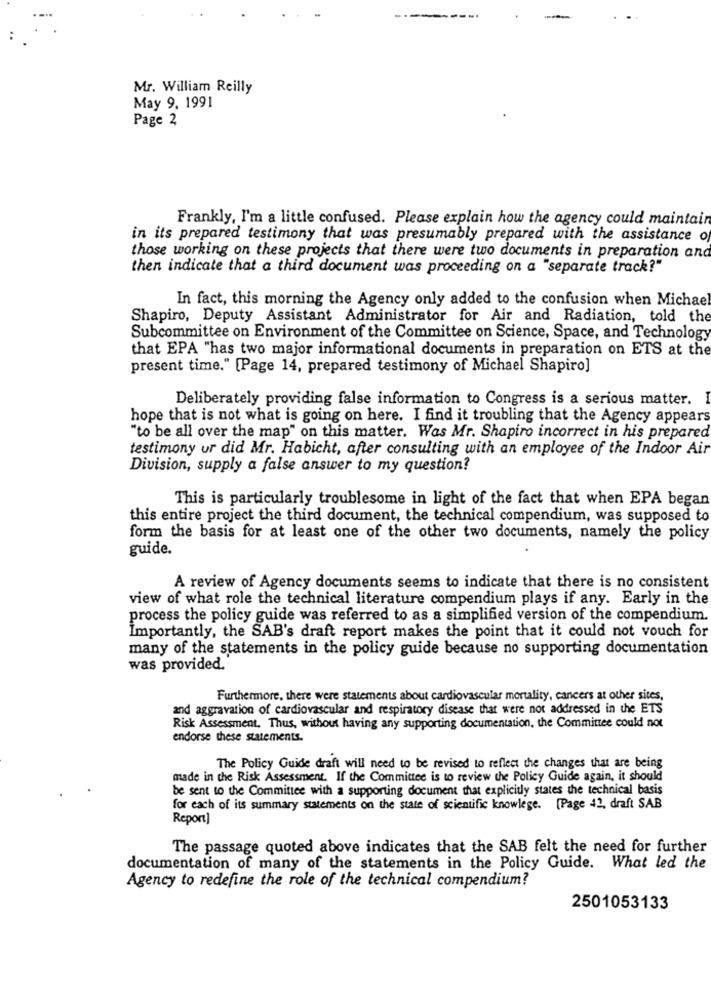
Mr. William Reilly
May 9. 1991
Page 2
Frankly, I'm a little confused. Please explain how the agency could maintain
in its prepared testimony that was presumably prepared with the assistance of
those working on these projects that there were two documents in preparation and
then indicate that a third document was proceeding on a "separate track?"
In fact, this morning the Agency only added to the confusion when Michael
Shapiro, Deputy Assistant Administrator for Air and Radiation, told the
Subcommittee on Environment of the Committee on Science, Space, and Technology
that EPA "has two major informational documents in preparation on ETS at the
present time." [Page 14, prepared testimony of Michael Shapiro]
Deliberately providing false information to Congress is a serious matter.
hope that is not what is going on here. I find it troubling that the Agency appears
"to be all over the map" on this matter. Was Mr. Shapiro incorrect in his prepared
testimony ur did Mr. Habicht, after consulting with an employee of the Indoor Air
Division, supply a false answer to my question?
This is particularly troublesome in light of the fact that when EPA began
this entire project the third document, the technical compendium, was supposed to
form the basis for at least one of the other two documents, namely the policy
guide.
A review of Agency documents seems to indicate that there is no consistent
view of what role the technical literature compendium plays if any. Early in the
process the policy guide was referred to as a simplified version of the compendium.
Importantly, the SAB's draft report makes the point that it could not vouch for
many of the statements in the policy guide because no supporting documentation
was provided.
Furthermore, there were statements about cardiovascular mortality, cancers at other sites,
and aggravation of cardiovascular and respiratory disease that were not addressed in the ETS
Risk Assessment. Thus, without having any supporting documentation, the Committee could not
endorse these statements.
The Policy Guide draft will need to be revised to reflect the changes that are being
made in the Risk Assessment. If the Committee is to review the Policy Guide again, it should
be sent to the Committee with a supporting document that explicitly states the technical basis
for each of its summary statements on the state of scientific knowlege. [Page 42, draft SAB
Report]
The passage quoted above indicates that the SAB felt the need for further
documentation of many of the statements in the Policy Guide. What led the
Agency to redefine the role of the technical compendium?
2501053133